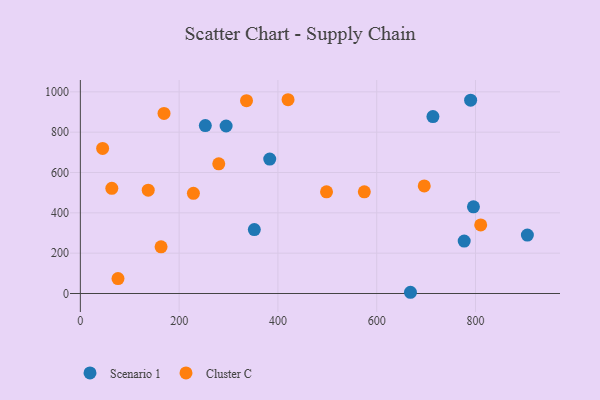
{"axis": {"x": "Ad Spend", "y": "Salary"}, "legend": ["Cluster C", "Scenario 1"], "data": [{"x": "713.8", "y": 877.3, "type": "Scenario 1"}, {"x": "777.1", "y": 260.2, "type": "Scenario 1"}, {"x": "668.3", "y": 6.1, "type": "Scenario 1"}, {"x": "905.0", "y": 289.7, "type": "Scenario 1"}, {"x": "795.8", "y": 429.6, "type": "Scenario 1"}, {"x": "383.4", "y": 666.8, "type": "Scenario 1"}, {"x": "352.2", "y": 317.2, "type": "Scenario 1"}, {"x": "253.0", "y": 832.8, "type": "Scenario 1"}, {"x": "790.1", "y": 958.6, "type": "Scenario 1"}, {"x": "295.1", "y": 830.5, "type": "Scenario 1"}, {"x": "810.5", "y": 340.1, "type": "Cluster C"}, {"x": "76.2", "y": 74.2, "type": "Cluster C"}, {"x": "336.4", "y": 956.3, "type": "Cluster C"}, {"x": "696.2", "y": 533.7, "type": "Cluster C"}, {"x": "574.9", "y": 504.3, "type": "Cluster C"}, {"x": "498.4", "y": 504.3, "type": "Cluster C"}, {"x": "169.4", "y": 892.8, "type": "Cluster C"}, {"x": "137.4", "y": 512.5, "type": "Cluster C"}, {"x": "280.2", "y": 643.2, "type": "Cluster C"}, {"x": "45.1", "y": 719.5, "type": "Cluster C"}, {"x": "228.9", "y": 496.8, "type": "Cluster C"}, {"x": "163.4", "y": 231.6, "type": "Cluster C"}, {"x": "63.7", "y": 521.4, "type": "Cluster C"}, {"x": "420.5", "y": 960.9, "type": "Cluster C"}]}